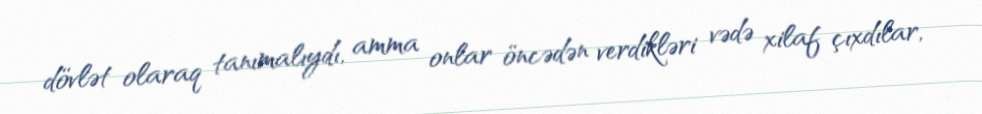
dövlət olaraq tanımalıydı, amma onlar öncədən verdikləri vədə xilaf çıxdılar,